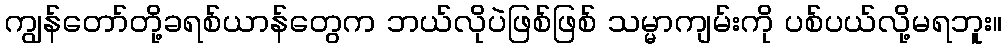
ကျွန်တော်တို့ခရစ်ယာန်တွေက ဘယ်လိုပဲဖြစ်ဖြစ် သမ္မာကျမ်းကို ပစ်ပယ်လို့မရဘူး။